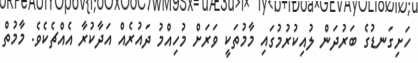
ހަށިގަނޑުގެ ބަރުދަން ލުއިކުރުމުގައި މާމުތަކީ ވަރަށް މުހިއްމު ދައުރެއް އަދާކުރާ އެއްޗެކެވެ. މާމުތް